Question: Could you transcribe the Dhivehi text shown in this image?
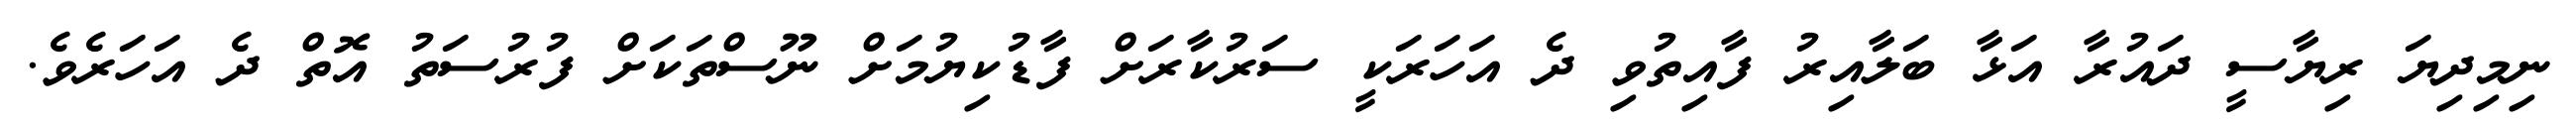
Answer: ނިމިދިޔަ ރިޔާސީ ދައުރާ އަޅާ ބަލާއިރު ފާއިތުވި ދެ އަހަރަކީ ސަރުކާރަށް ފާޑުކިޔުމަށް ނޫސްތަކަށް ފުރުސަތު އޮތް ދެ އަހަރެވެ.